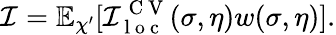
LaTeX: \mathcal{I}=\mathbb{E}_{\chi^{\prime}}[\mathcal{I}_{\mathrm{~l~o~c~}}^{\mathrm{~C~V~}}(\sigma,\eta)w(\sigma,\eta)].